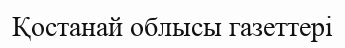
Қостанай облысы газеттері